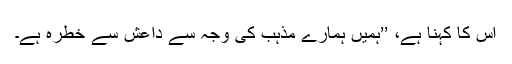
اس کا کہنا ہے، ’’ہمیں ہمارے مذہب کی وجہ سے داعش سے خطرہ ہے۔